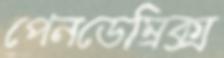
পেনডেম্রিক্স